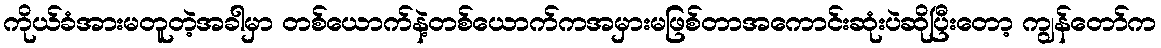
ကိုယ်ခံအားမတူတဲ့အခါမှာ တစ်ယောက်နဲ့တစ်ယောက်ကအမှားမဖြစ်တာအကောင်းဆုံးပဲဆိုပြီးတော့ ကျွန်တော်က